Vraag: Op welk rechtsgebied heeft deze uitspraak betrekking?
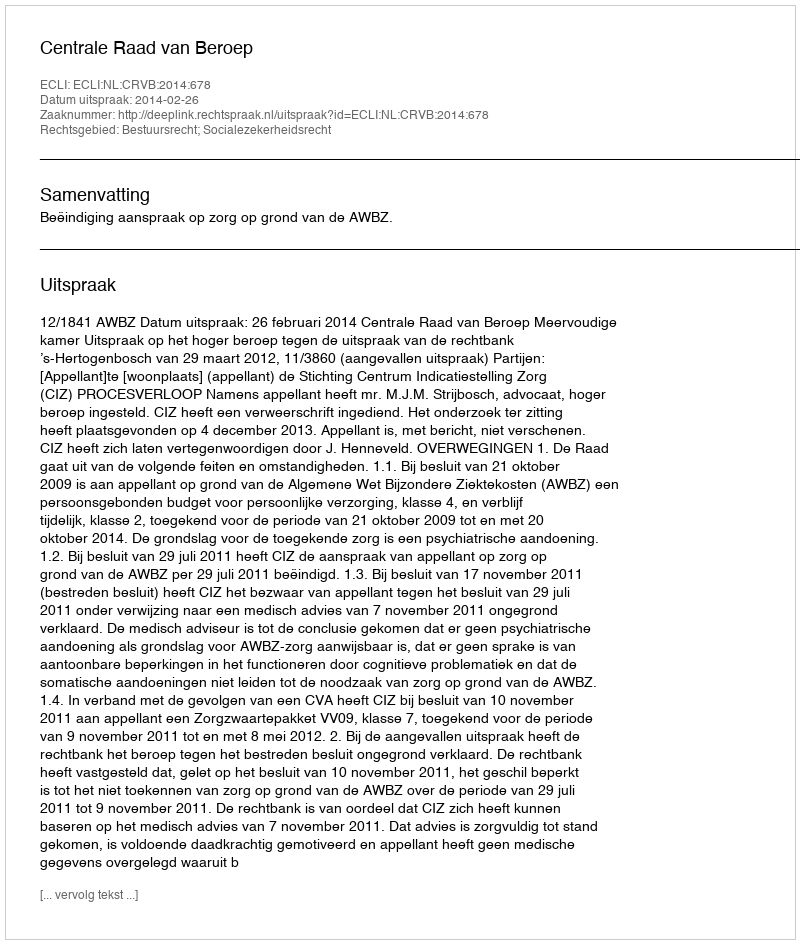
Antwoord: Bestuursrecht; Socialezekerheidsrecht